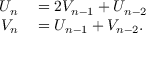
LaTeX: \begin{array} { r l } { U _ { n } } & { { } = 2 V _ { n - 1 } + U _ { n - 2 } } \\ { V _ { n } } & { { } = U _ { n - 1 } + V _ { n - 2 } . } \end{array}